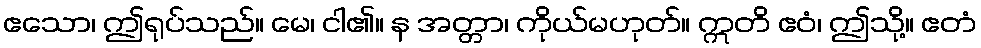
ဧသော၊ ဤရုပ်သည်။ မေ၊ ငါ၏။ န အတ္တာ၊ ကိုယ်မဟုတ်။ ဣတိ ဧဝံ၊ ဤသို့။ ဧတံ